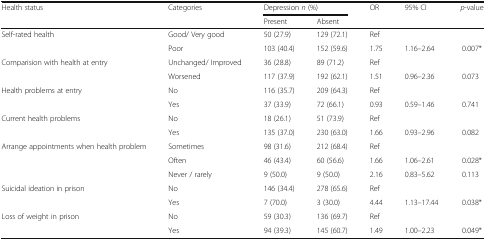
| <ROWSPAN=2> Health status | <ROWSPAN=2> Categories | <COLSPAN=2> Depression n (%) | <ROWSPAN=2> OR | <ROWSPAN=2> 95% CI | <ROWSPAN=2> p-value |
 | Present | Absent |
 | --- | --- | --- | --- | --- | --- | --- |
 | <ROWSPAN=2> Self-rated health | Good/ Very good | 50 (27.9) | 129 (72.1) | Ref |  |  |
 | Poor | 103 (40.4) | 152 (59.6) | 1.75 | 1.16–2.64 | 0.007* |
 | <ROWSPAN=2> Comparision with health at entry | Unchanged/ Improved | 36 (28.8) | 89 (71.2) | Ref |  |  |
 | Worsened | 117 (37.9) | 192 (62.1) | 1.51 | 0.96–2.36 | 0.073 |
 | <ROWSPAN=2> Health problems at entry | No | 116 (35.7) | 209 (64.3) | Ref |  |  |
 | Yes | 37 (33.9) | 72 (66.1) | 0.93 | 0.59–1.46 | 0.741 |
 | <ROWSPAN=2> Current health problems | No | 18 (26.1) | 51 (73.9) | Ref |  |  |
 | Yes | 135 (37.0) | 230 (63.0) | 1.66 | 0.93–2.96 | 0.082 |
 | <ROWSPAN=3> Arrange appointments when health problem | Sometimes | 98 (31.6) | 212 (68.4) | Ref |  |  |
 | Often | 46 (43.4) | 60 (56.6) | 1.66 | 1.06–2.61 | 0.028* |
 | Never / rarely | 9 (50.0) | 9 (50.0) | 2.16 | 0.83–5.62 | 0.113 |
 | <ROWSPAN=2> Suicidal ideation in prison | No | 146 (34.4) | 278 (65.6) | Ref |  |  |
 | Yes | 7 (70.0) | 3 (30.0) | 4.44 | 1.13–17.44 | 0.038* |
 | <ROWSPAN=2> Loss of weight in prison | No | 59 (30.3) | 136 (69.7) | Ref |  |  |
 | Yes | 94 (39.3) | 145 (60.7) | 1.49 | 1.00–2.23 | 0.049* |